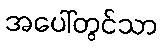
အပေါ်တွင်သာ